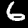
Label: 6